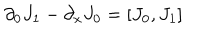
LaTeX: \partial _ { 0 } J _ { 1 } - \partial _ { x } J _ { 0 } = [ J _ { 0 } , J _ { 1 } ]